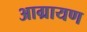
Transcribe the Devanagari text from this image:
आग्रायण